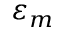
\varepsilon _ { m }